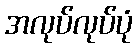
အလုပ်လုပ်ပုံ